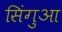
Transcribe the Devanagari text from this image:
सिंगुआ